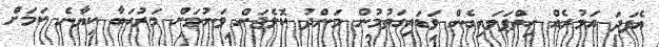
އެފަދަ އަމުރެއް ހިތްޕަވައިގެން ވަޑައިގަތުމުން މަންދު ކޮލެޖަށް ވަނުމަށް މަރުހަބާ ކިޔާނެ ކަަމަށް